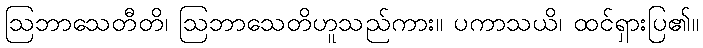
ဩဘာသေတီတိ၊ ဩဘာသေတိဟူသည်ကား။ ပကာသယိ၊ ထင်ရှားပြ၏။